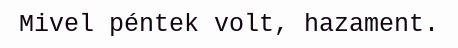
Mivel péntek volt, hazament.